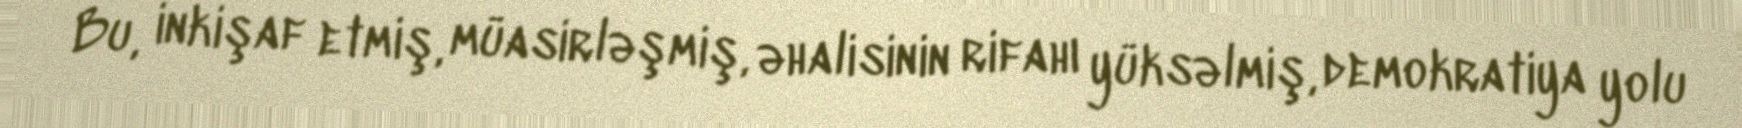
Bu, inkişaf etmiş, müasirləşmiş, əhalisinin rifahı yüksəlmiş, demokratiya yolu